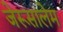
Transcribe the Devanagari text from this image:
जेरूसालेम